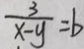
\frac { 3 } { x - y } = b